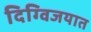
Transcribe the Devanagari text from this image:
दिग्विजयात